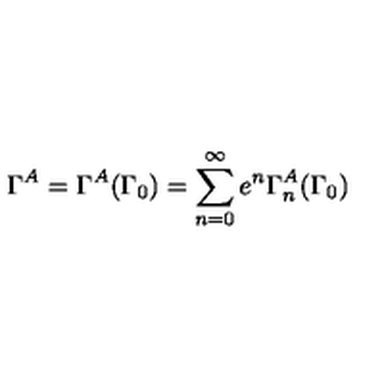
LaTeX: \Gamma ^ { A } = \Gamma ^ { A } ( \Gamma _ { 0 } ) = \sum _ { n = 0 } ^ { \infty } e ^ { n } \Gamma _ { n } ^ { A } ( \Gamma _ { 0 } )